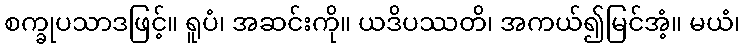
စက္ခုပသာဒဖြင့်။ ရူပံ၊ အဆင်းကို။ ယဒိပဿတိ၊ အကယ်၍မြင်အံ့။ မယံ၊